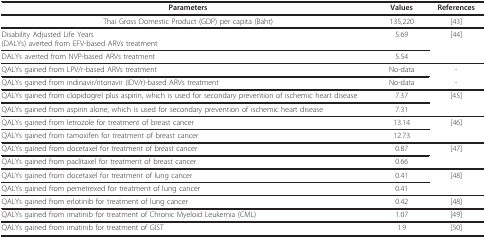
<table><thead><tr><td><b>Parameters</b></td><td><b>Values</b></td><td><b>References</b></td></tr></thead><tbody><tr><td>Thai Gross Domestic Product (GDP) per capita (Baht)</td><td>135,220</td><td>[43]</td></tr><tr><td>Disability Adjusted Life Years(DALYs) averted from EFV-based ARVs treatment</td><td>5.69</td><td>[44]</td></tr><tr><td>DALYs averted from NVP-based ARVs treatment</td><td>5.54</td><td></td></tr><tr><td>QALYs gained from LPV/r-based ARVs treatment</td><td>No-data</td><td>-</td></tr><tr><td>QALYs gained from indinavir/ritonavir (IDV/r)-based ARVs treatment</td><td>No-data</td><td>-</td></tr><tr><td>QALYs gained from clopidogrel plus aspirin, which is used for secondary prevention of ischemic heart disease</td><td>7.37</td><td>[45]</td></tr><tr><td>QALYs gained from aspirin alone, which is used for secondary prevention of ischemic heart disease</td><td>7.31</td><td></td></tr><tr><td>QALYs gained from letrozole for treatment of breast cancer</td><td>13.14</td><td>[46]</td></tr><tr><td>QALYs gained from tamoxifen for treatment of breast cancer</td><td>12.73</td><td></td></tr><tr><td>QALYs gained from docetaxel for treatment of breast cancer</td><td>0.87</td><td>[47]</td></tr><tr><td>QALYs gained from paclitaxel for treatment of breast cancer</td><td>0.66</td><td></td></tr><tr><td>QALYs gained from docetaxel for treatment of lung cancer</td><td>0.41</td><td>[48]</td></tr><tr><td>QALYs gained from pemetrexed for treatment of lung cancer</td><td>0.41</td><td></td></tr><tr><td>QALYs gained from erlotinib for treatment of lung cancer</td><td>0.42</td><td>[48]</td></tr><tr><td>QALYs gained from imatinib for treatment of Chronic Myeloid Leukemia (CML)</td><td>1.07</td><td>[49]</td></tr><tr><td>QALYs gained from imatinib for treatment of GIST</td><td>1.9</td><td>[50]</td></tr></tbody></table>